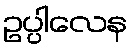
ဥပ္ပါလေန